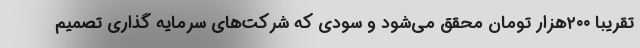
تقریبا ٢٠٠هزار تومان محقق می‌شود و سودی که شرکت‌های سرمایه گذاری تصمیم